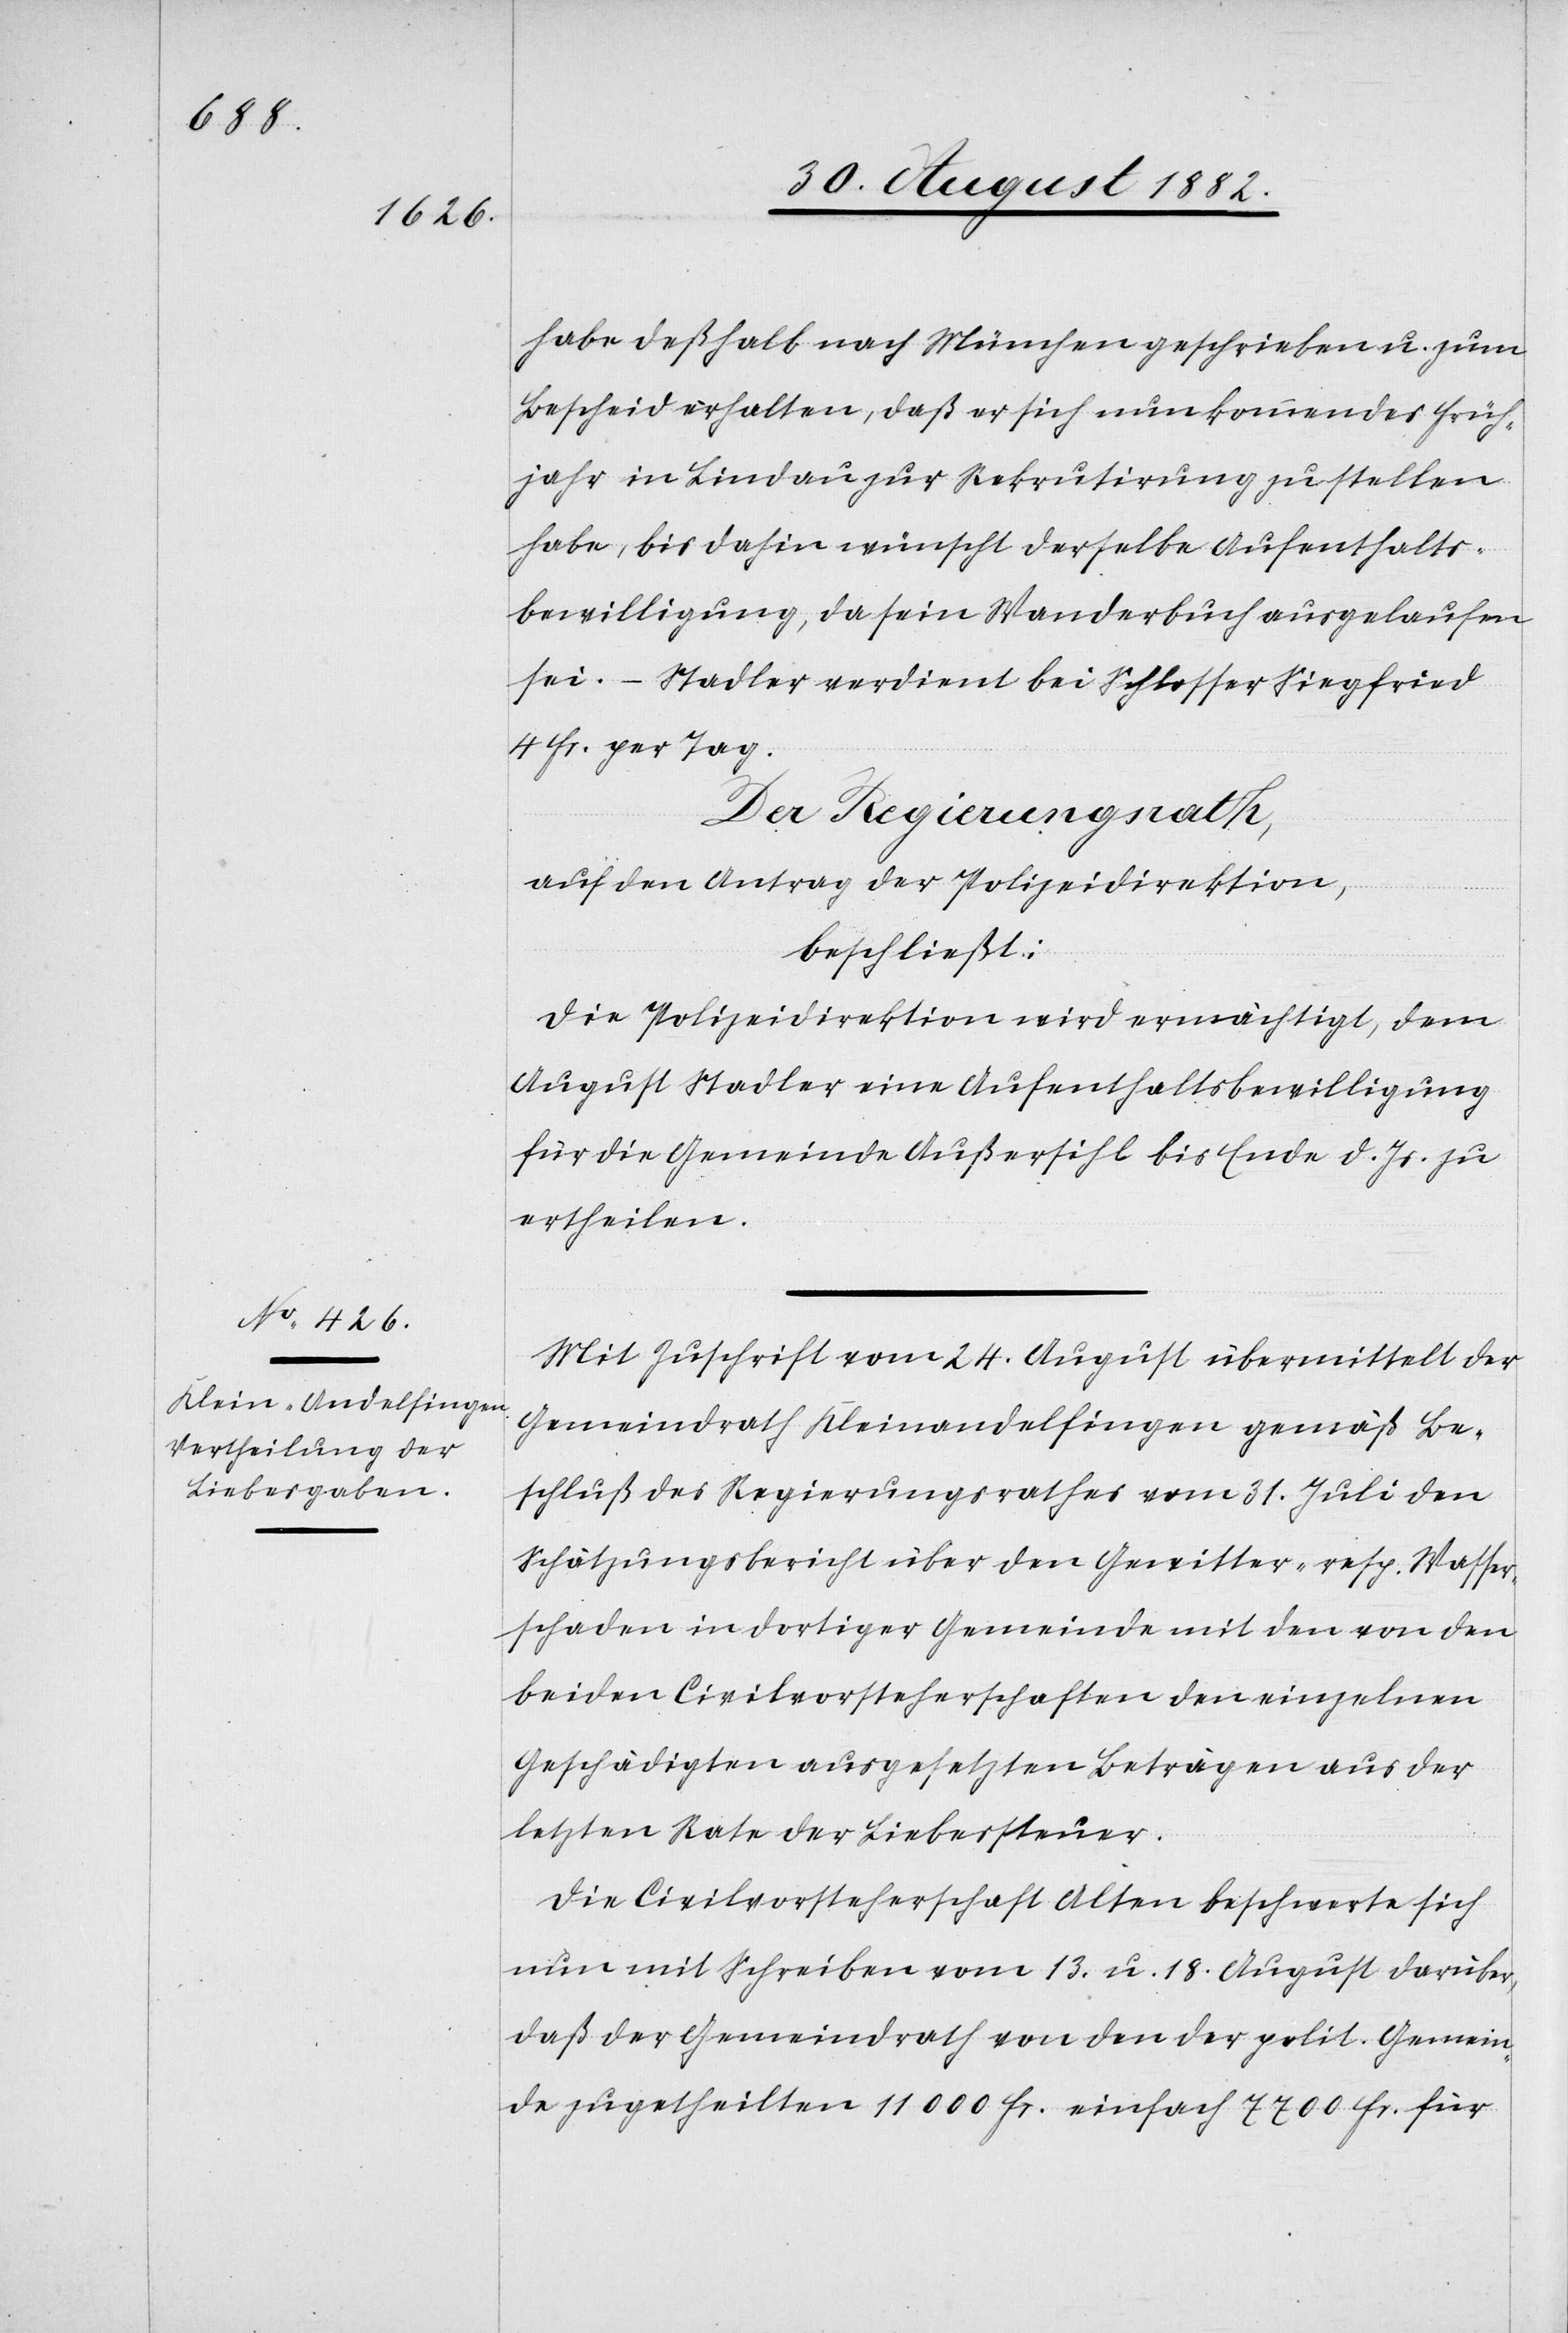
habe deßhalb nach München geschrieben u. zum
Bescheid erhalten, daß er sich nun kommendes Früh¬
jahr in Lindau zur Rekrutirung zu stellen
habe, bis dahin wünscht derselbe Aufenthalts¬
bewilligung, da sein Wanderbuch ausgelaufen
sei. – Stadler verdient bei Schlosser Siegfried
4 Fr. per Tag.
Der Regierungsrath,
auf den Antrag der Polizeidirektion,
beschließt:
Die Polizeidirektion wird ermächtigt, dem
August Stadler eine Aufenthaltsbewilligung
für die Gemeinde Außersihl bis Ende d. Js. zu
ertheilen.
Mit Zuschrift vom 24. August übermittelt der
Gemeindrath Kleinandelfingen gemäß Be¬
schluß des Regierungsrathes vom 31. Juli den
Schätzungsbericht über den Gewitter- resp. Wasser¬
schaden in dortiger Gemeinde mit den von den
beiden Civilvorsteherschaften den einzelnen
Geschädigten ausgesetzten Beträgen aus der
letzten Rate der Liebessteuer.
Die Civilvorsteherschaft Alten beschwerte sich
nun mit Schreiben vom 13. u. 18. August darüber,
daß der Gemeindrath von den der polit. Gemein¬
de zugetheilten 11 000 Fr. einfach 7700 Fr. für